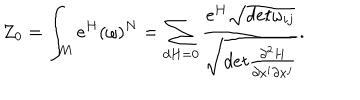
Z _ { 0 } = \int _ { M } \mathrm { e } ^ { H } ( \omega ) ^ { N } = \sum _ { d H = 0 } \frac { \mathrm { e } ^ { H } \sqrt { d e t \omega _ { i j } } } { \sqrt { d e t \frac { \partial ^ { 2 } H } { \partial x ^ { i } \partial x ^ { j } } } } .